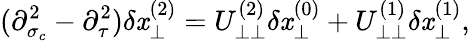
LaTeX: (\partial_{\sigma_{c}}^{2}-\partial_{\tau}^{2})\delta\mathit{x}_{\perp}^{(2)}=U_{\perp\perp}^{(2)}\delta\mathit{x}_{\perp}^{(0)}+U_{\perp\perp}^{(1)}\delta\mathit{x}_{\perp}^{(1)},